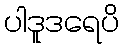
ပါဒူဒရေပိ